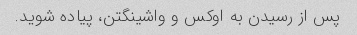
پس از رسیدن به اوکس و واشینگتن، پیاده شوید.